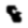
Digit: 8